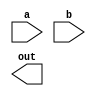
`timescale 1ns / 1ps
//////////////////////////////////////////////////////////////////////////////////
// Company: 
// Engineer: 
// 
// Design Name: 
// Module Name:    ripple_adder 
// Project Name: 
// Target Devices: 
// Tool versions: 
// Description: 
//
// Dependencies: 
//
// Revision: 
// Revision 0.01 - File Created
// Additional Comments: 
//
//////////////////////////////////////////////////////////////////////////////////
module ripple_adder(
    input [4:0] a,
    input [4:0] b,
    output [5:0] out
    );


endmodule